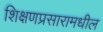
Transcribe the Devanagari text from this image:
शिक्षणप्रसारामधील